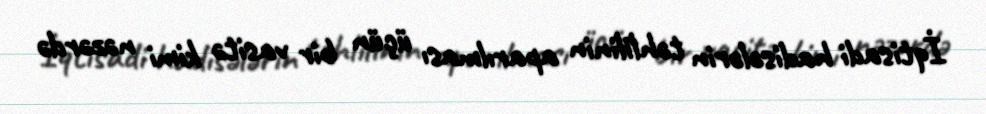
İqtisadi hadisələrin təhlilinin aparılması üçün bir vasitə kimi nəzərdə